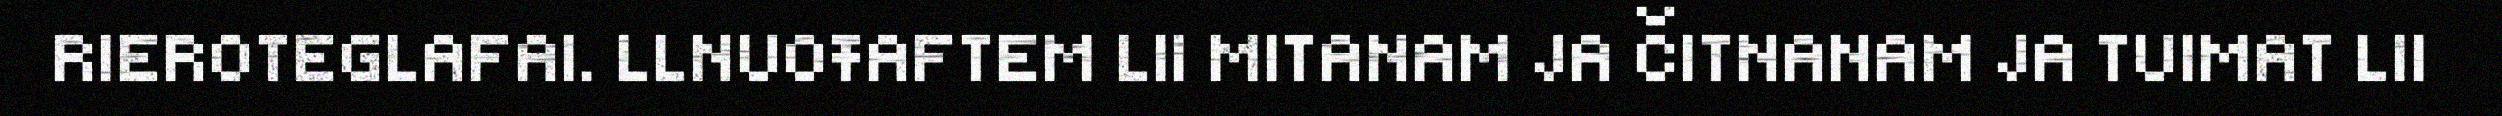
RIEROTEGLAFAI. LLNUOŦAFTEM LII MITANAM JA ČITNANAM JA TUIMAT LII